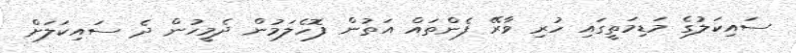
ސައިކަލުގެ މަޑިމަތީގައި ހުރި ވާރޭ ފެންތައް އަތުން ފޮހެލަމުން ދެމީހުން ދެ ސައިކަލަށް